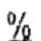
%